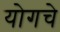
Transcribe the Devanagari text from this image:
योगचे